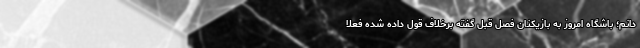
دانم؛ باشگاه امروز به بازیکنان فصل قبل گفته برخلاف قول داده شده فعلا